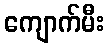
ကျောက်မီး